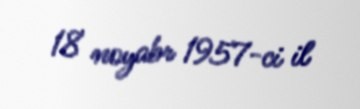
18 noyabr 1957-ci il